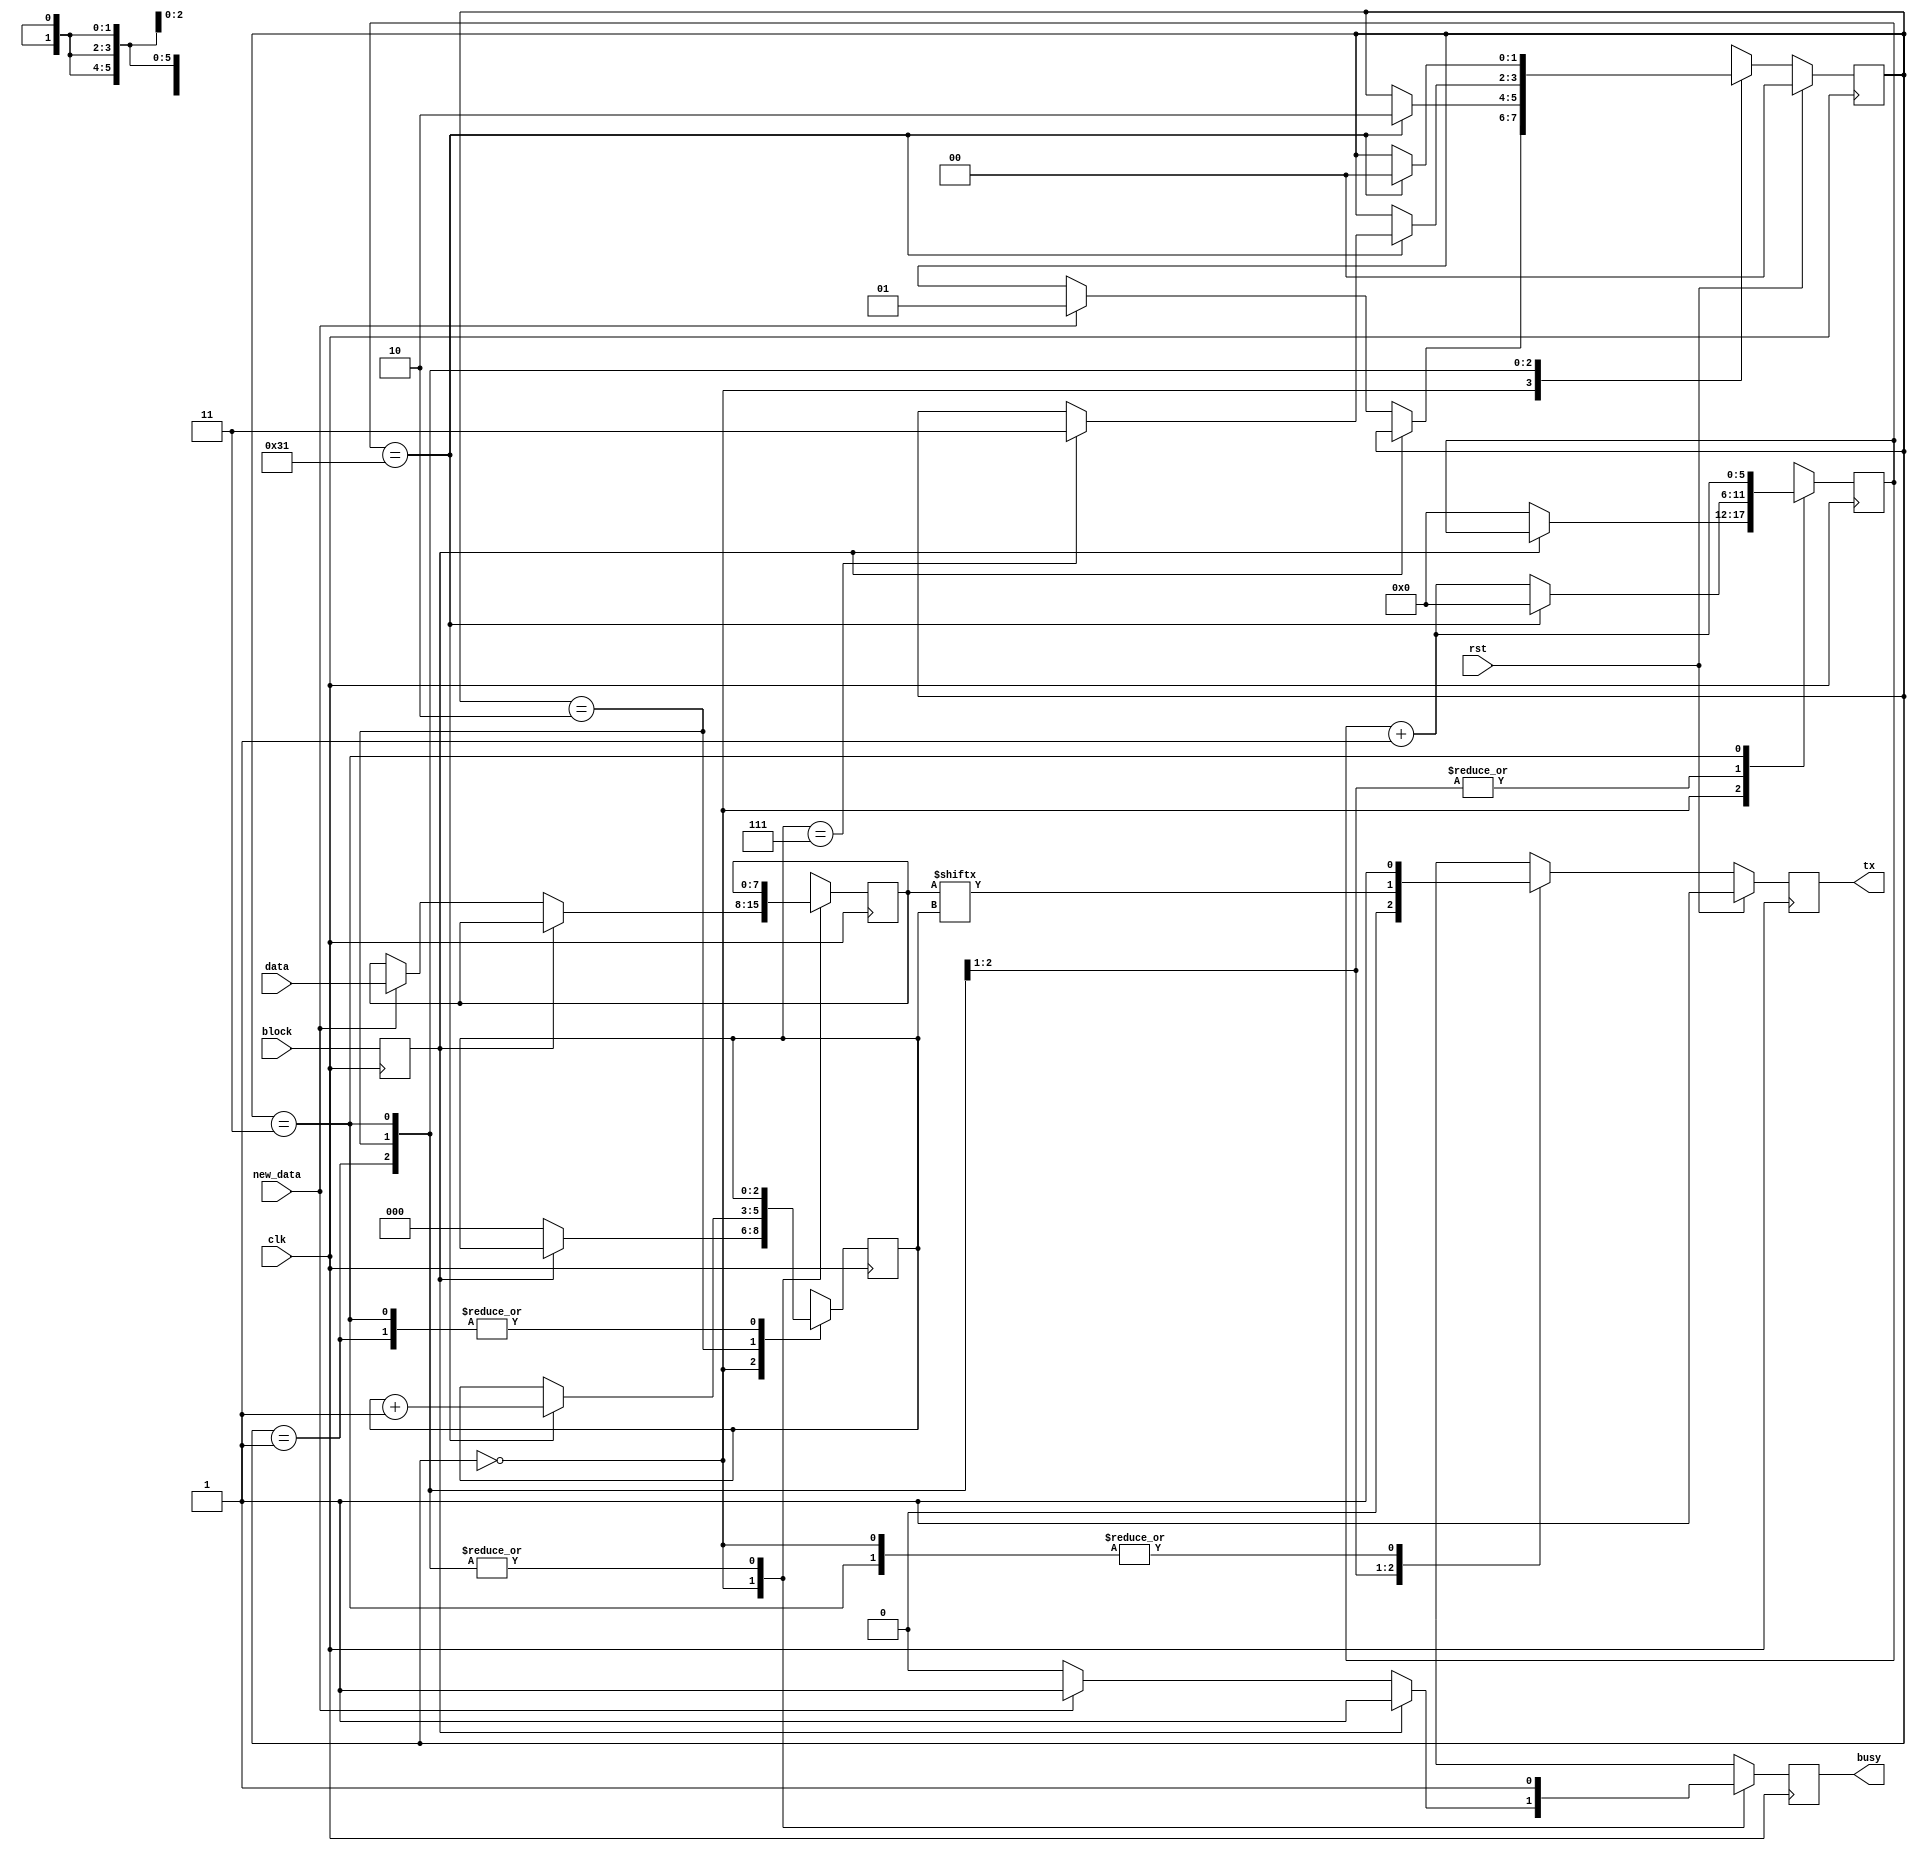
module serial_tx_8 #(
        parameter CLK_PER_BIT = 50
    )(
        input clk,
        input rst,
        output tx,
        input block,
        output busy,
        input [7:0] data,
        input new_data
    );

    // clog2 is 'ceiling of log base 2' which gives you the number of bits needed to store a value
    parameter CTR_SIZE = $clog2(CLK_PER_BIT);

    localparam STATE_SIZE = 2;
    localparam IDLE = 2'd0,
    START_BIT = 2'd1,
    DATA = 2'd2,
    STOP_BIT = 2'd3;

    reg [CTR_SIZE-1:0] ctr_d, ctr_q;
    reg [2:0] bit_ctr_d, bit_ctr_q;
    reg [7:0] data_d, data_q;
    reg [STATE_SIZE-1:0] state_d, state_q = IDLE;
    reg tx_d, tx_q;
    reg busy_d, busy_q;
    reg block_d, block_q;

    assign tx = tx_q;
    assign busy = busy_q;

    always @(*) begin
        block_d = block;
        ctr_d = ctr_q;
        bit_ctr_d = bit_ctr_q;
        data_d = data_q;
        state_d = state_q;
        busy_d = busy_q;

        case (state_q)
            IDLE: begin
                if (block_q) begin
                    busy_d = 1'b1;
                    tx_d = 1'b1;
                end else begin
                    busy_d = 1'b0;
                    tx_d = 1'b1;
                    bit_ctr_d = 3'b0;
                    ctr_d = 1'b0;
                    if (new_data) begin
                        data_d = data;
                        state_d = START_BIT;
                        busy_d = 1'b1;
                    end
                end
            end
            START_BIT: begin
                busy_d = 1'b1;
                ctr_d = ctr_q + 1'b1;
                tx_d = 1'b0;
                if (ctr_q == CLK_PER_BIT - 1) begin
                    ctr_d = 1'b0;
                    state_d = DATA;
                end
            end
            DATA: begin
                busy_d = 1'b1;
                tx_d = data_q[bit_ctr_q];
                ctr_d = ctr_q + 1'b1;
                if (ctr_q == CLK_PER_BIT - 1) begin
                    ctr_d = 1'b0;
                    bit_ctr_d = bit_ctr_q + 1'b1;
                    if (bit_ctr_q == 7) begin
                        state_d = STOP_BIT;
                    end
                end
            end
            STOP_BIT: begin
                busy_d = 1'b1;
                tx_d = 1'b1;
                ctr_d = ctr_q + 1'b1;
                if (ctr_q == CLK_PER_BIT - 1) begin
                    state_d = IDLE;
                end
            end
            default: begin
                state_d = IDLE;
            end
        endcase
    end

    always @(posedge clk) begin
        if (rst) begin
            state_q <= IDLE;
            tx_q <= 1'b1;
        end else begin
            state_q <= state_d;
            tx_q <= tx_d;
        end

        block_q <= block_d;
        data_q <= data_d;
        bit_ctr_q <= bit_ctr_d;
        ctr_q <= ctr_d;
        busy_q <= busy_d;
    end

endmodule